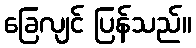
ခြေလျင် ပြန်သည်။